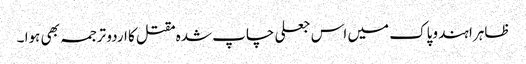
ظاہرا ہند وپاک میں اس جعلی چاپ شدہ مقتل کا اردو ترجمہ بھی ہوا ۔